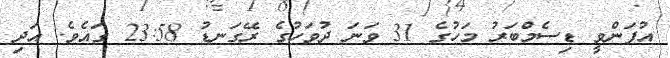
އުފަންވީ ޑިސެމްބަރު މަހުގެ 31 ވަނަ ދުވަހުގެ ރޭގަނޑު 23:58 ގައެވެ. އަދި